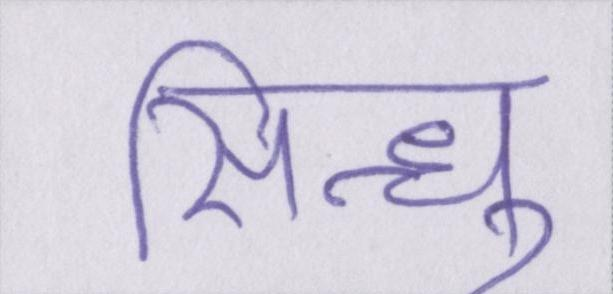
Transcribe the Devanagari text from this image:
सिन्धु